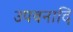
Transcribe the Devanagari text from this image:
उपवनादि